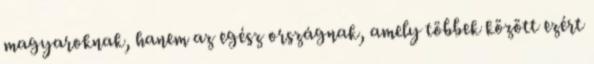
magyaroknak, hanem az egész országnak, amely többek között ezért